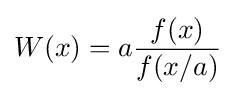
W(x)=a{\frac {f(x)}{f(x/a)}}